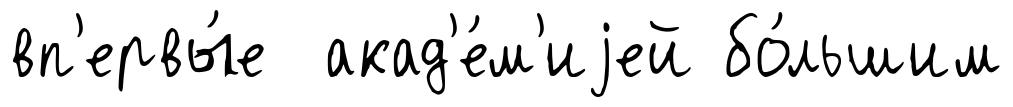
вп'ервы́е акад'е́м'иjей бо́льшим